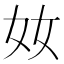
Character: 奻